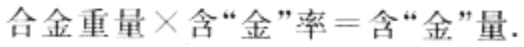
合金重量×含“金”率=含“金”量.